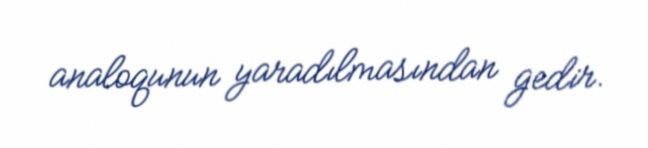
analoqunun yaradılmasından gedir.